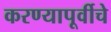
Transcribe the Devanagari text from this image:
करण्यापूर्वीचे